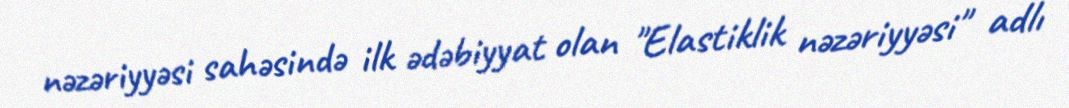
nəzəriyyəsi sahəsində ilk ədəbiyyat olan "Elastiklik nəzəriyyəsi" adlı